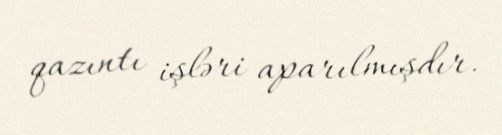
qazıntı işləri aparılmışdır.